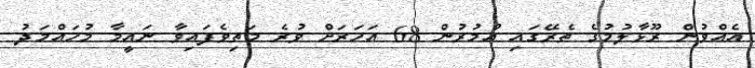
އެއްވުން ރޫޅާލުމުގެ ތެރޭގައި އުމުރުން 68 އަހަރަށް ވުރެ މަތިވެފައިވާ ނައީމާ މުހައްމަދު